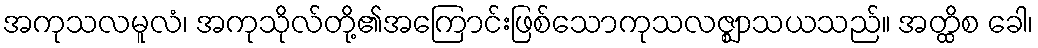
အကုသလမူလံ၊ အကုသိုလ်တို့၏အကြောင်းဖြစ်သောကုသလဇ္ဈာသယသည်။ အတ္ထိစ ခေါ၊